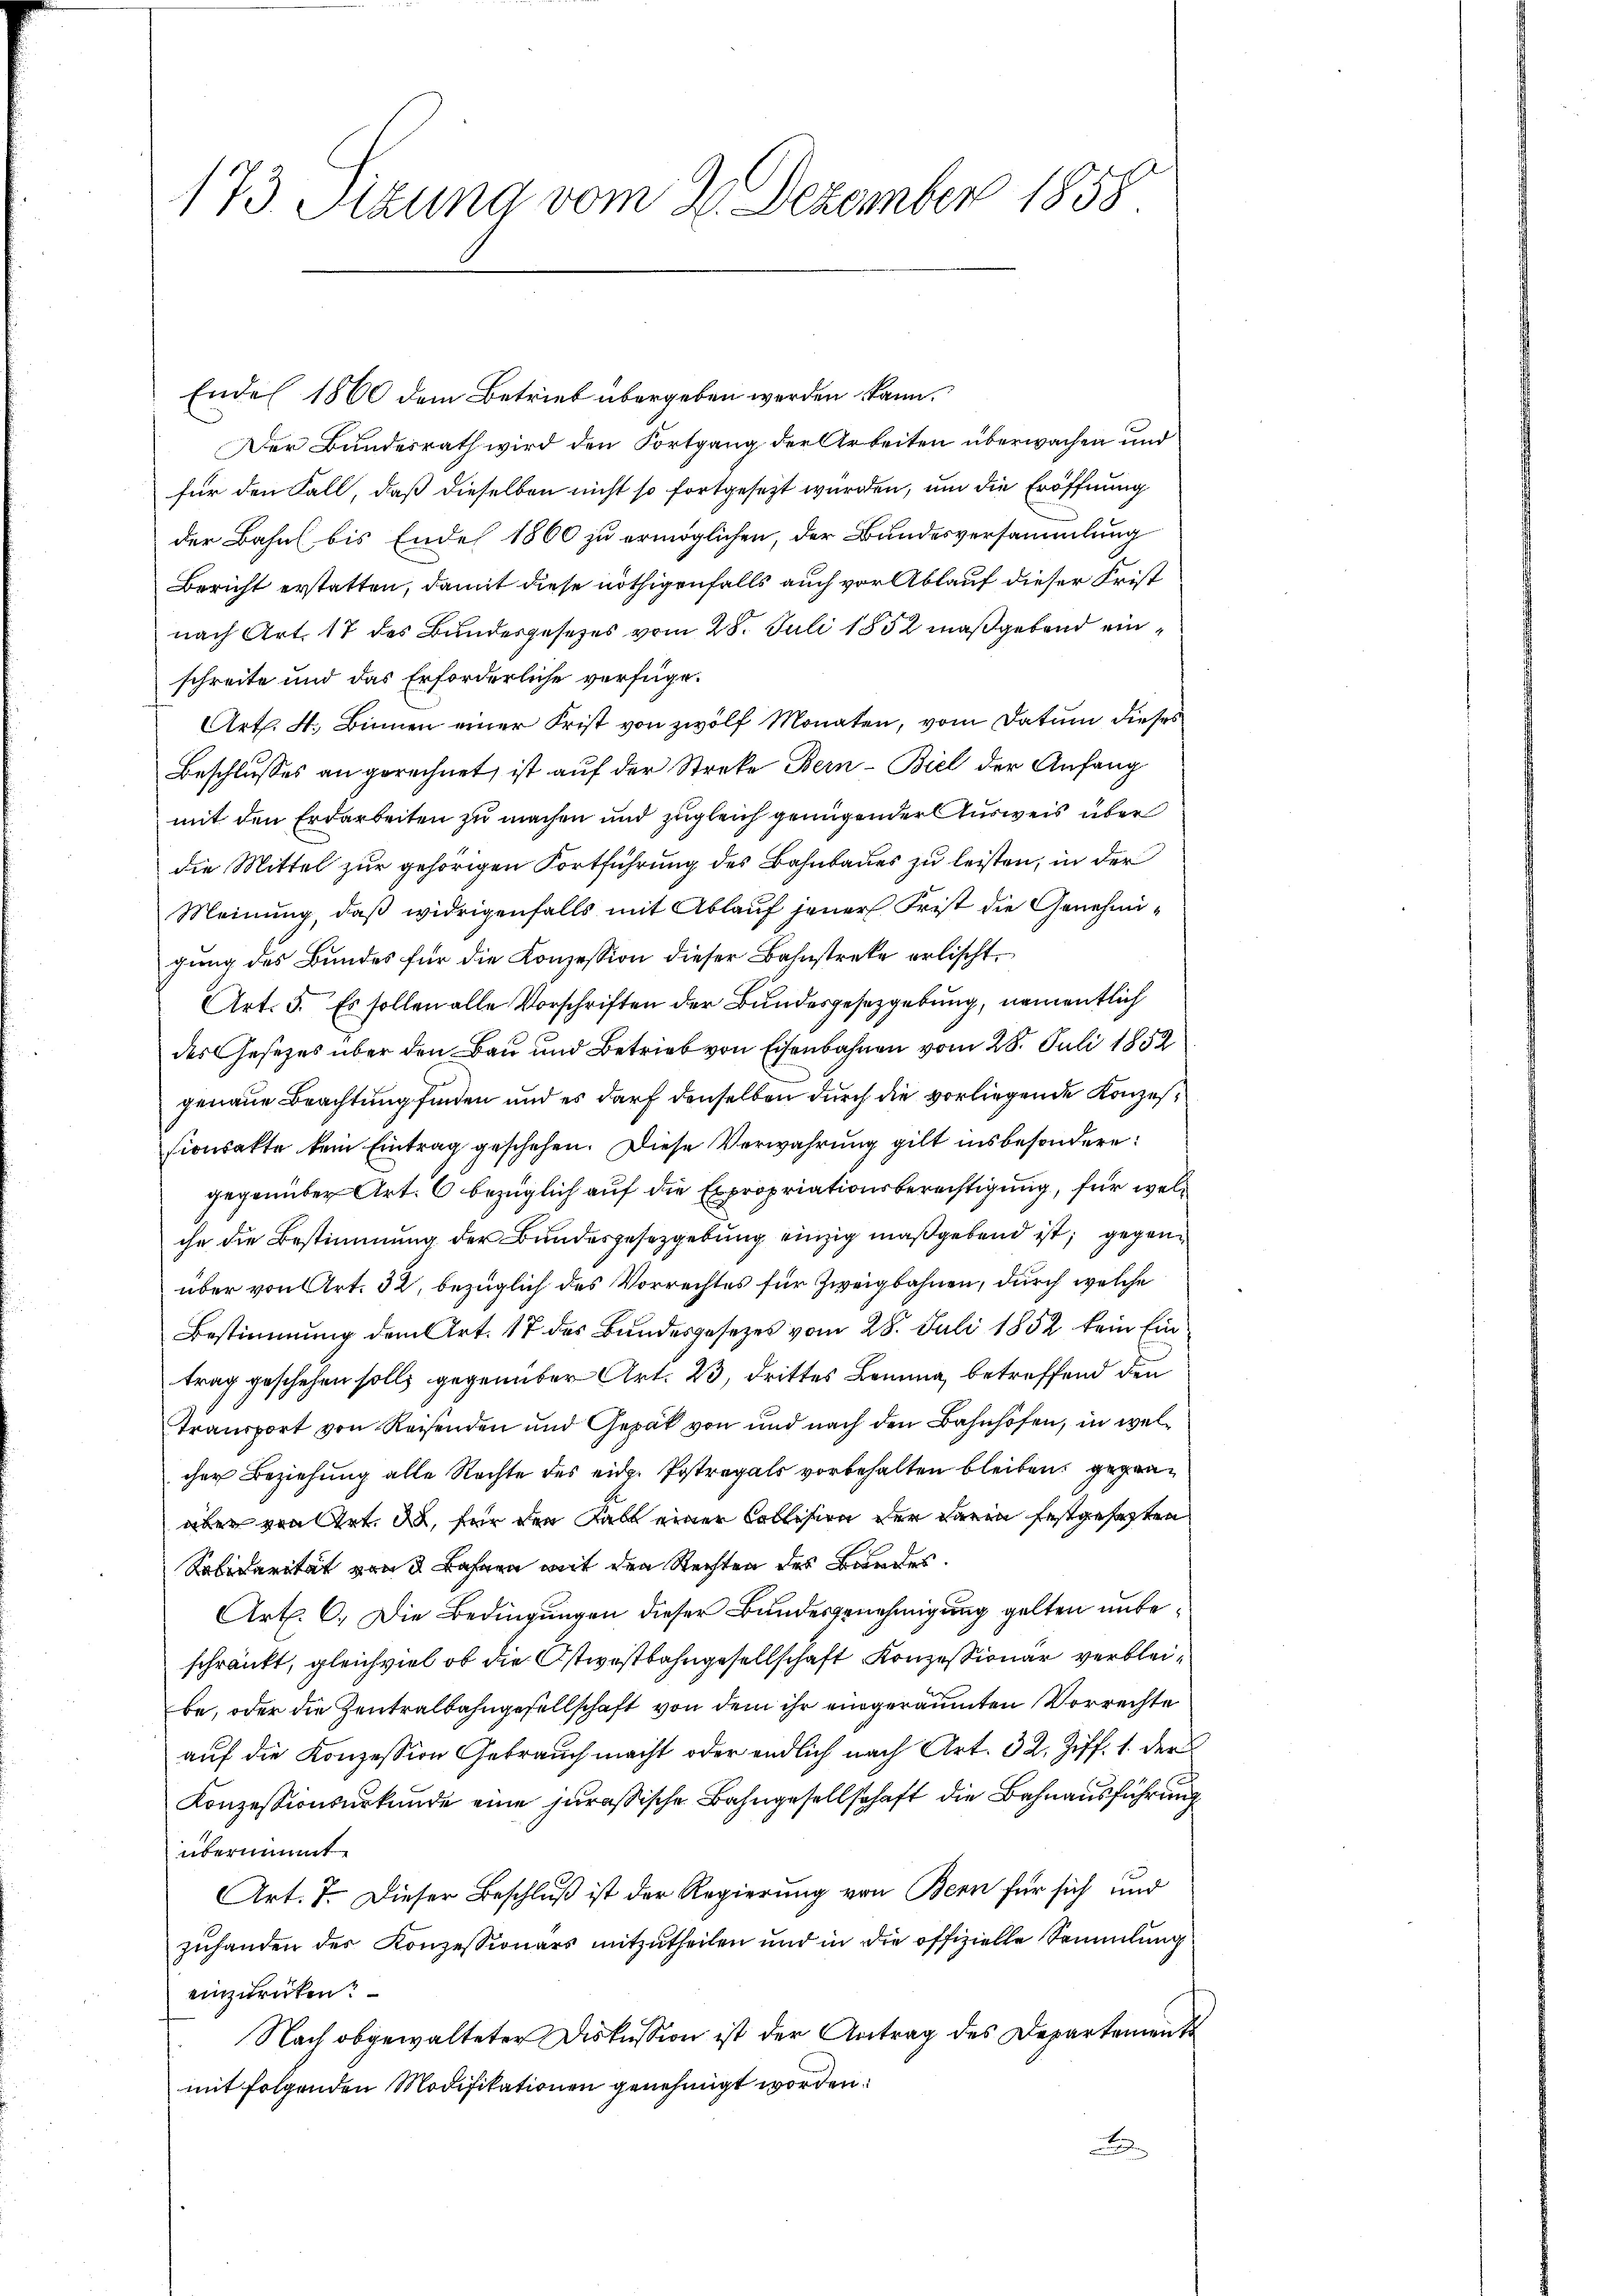
173. Sizung vom 2. Dezember 1858

Ende 1860 dem Betrieb übergeben werden kann.
Der Bundesrath wird den Fortgang der Arbeiten überwachen und
für den Fall, daß dieselben nicht so fortgesezt wurden, um die Eröffnung
der Bahn bis Ende 1860 zu ermöglichen, der Bundesversammlung
Bericht erstatten, damit diese nöthigenfalls auch vor Ablauf dieser Frist
nach Art. 17 des Bundesgesetzes vom 28. Juli 1852 maßgebend einschreite und das Erforderliche verfüge.
Art. 4. Binnen einer Frist von zwölf Monaten, vom Datum dieses
Beschlusses an gerechnet, ist auf der Streke Bern-Biel der Anfang
mit den Erdarbeiten zu machen und zugleich genügender Ausweis über
die Mittel zur gehörigen Fortführung des Bahnbaues zu leisten, in der
Meinung, daß widrigenfalls mit Ablauf jener Frist die Genehmigung des Bundes für die Konzession dieser Bahnstreke erlischt,
Art. 5. Es sollen alle Vorschriften der Bundesgesetzgebung, namentlich
des Gesetzes über den Bau und Betrieb von Eisenbahnen vom 28. Juli 1852
genaue Beachtung finden und es darf denselben durch die vorliegende Konzessionsakte kein Eintrag geschehen. Diese Verwahrung gilt insbesondere
gegenüber Art. 6 bezüglich auf die Expropriationsberechtigung, für welche die Bestimmung der Bundesgesetzgebung einzig maßgebend ist, gegenüber von Art. 32, bezüglich des Vorrechtes für Zweigbahnen, durch welche
Bestimmung dem Art. 17 des Bundesgesezes vom 28. Juli 1852 kein Ein
trag geschehen soll, gegenüber Art. 23, drittes Bauma, betreffend den
Transport von Reisenden und Gepät von und nach den Bahnhöfen, in welcher Beziehung alle Rechte des eidg. Postregals vorbehalten bleiben, gegenaber von Art. d, für den Fall einer Collision der darin festgesezten
Solidarität von Bahnen mit den Rechten des Bandes.
Art. 6. Die Bedingungen dieser Bundesgenehmigung gelten unbeschränkt, gleichviel ob die Ostwestbahngesellschaft Konzessionar verbleibe, oder die Zentralbahngesellschaft von dem ihr eingeräumten Vorrechte
auf die Konzession Gebrauch macht oder endlich nach Art. 32. Ziff. 1. der
Konzessionsurkunde eine jurassische Bahngesellschaft die Bahnausführung
übernimmt
Art. 7. Dieser Beschluß ist der Regierung von Bern für sich und
zuhanden des Konzessionars mitzutheilen und in die offizielle Sammlung
einzurücken?
Nach obgewalteter Diskussion ist der Antrag des Departements
mit folgenden Modifikationen genehmigt worden.